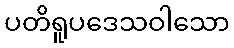
ပတိရူပဒေသဝါသော